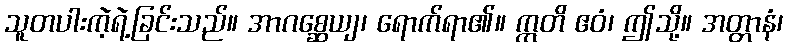
သူတပါးကဲ့ရဲ့ခြင်းသည်။ အာဂစ္ဆေယျ၊ ရောက်ရာ၏။ ဣတိ ဧဝံ၊ ဤသို့။ အတ္တာနံ၊